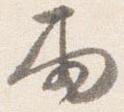
雨